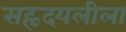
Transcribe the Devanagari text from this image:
सहृदयलीला